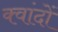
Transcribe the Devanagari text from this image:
क्वांदों